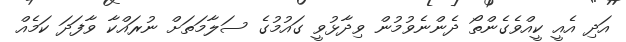
އަދި އެއީ ކީއްވެގެންތޯ ދެންނެވުމުން ވިދާޅުވީ ގައުމުގެ ސަލާމަތަށް ނުރައްކާ ވާފަދަ ކަމެއް